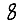
Digit: 8